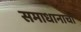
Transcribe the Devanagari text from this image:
समाधानाचा